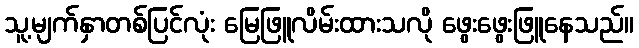
သူ့မျက်နှာတစ်ပြင်လုံး မြေဖြူလိမ်းထားသလို ဖွေးဖွေးဖြူနေသည်။